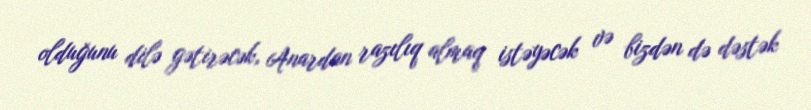
olduğunu dilə gətirəcək, Anardan razılıq almaq istəyəcək və bizdən də dəstək